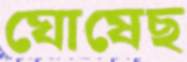
ঘোষেছ